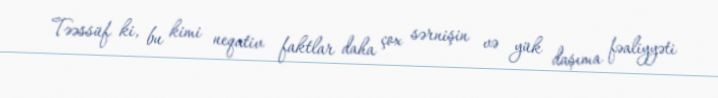
Təəssüf ki, bu kimi neqativ faktlar daha çox sərnişin və yük daşıma fəaliyyəti